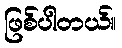
ဖြစ်ပါတယ်။